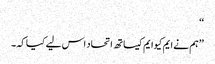
‘‘
’’ہم نے ایم کیوایم کیساتھ اتحاد اس لیے کیا کہ ۔